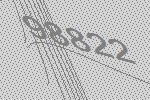
98822